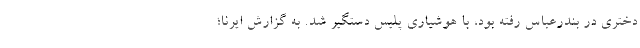
دختری در بندرعباس رفته بود، با هوشیاری پلیس دستگیر شد. به گزارش ایرنا؛